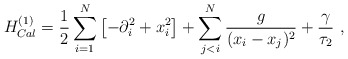
\begin{align*}H_{Cal}^{(1)} ={1 \over 2} \sum_{i=1}^N \left[ -\partial_i^2 + x_i^2 \right] + \sum_{j < i}^N \frac g {(x_i-x_j)^2} + \frac{\gamma}{\tau_2}\ ,\end{align*}